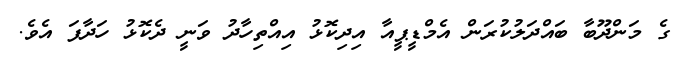
ގެ މަންދޫބާ ބައްދަލުކުރަން އެމްޑީޕީއާ އިދިކޮޅު އިއްތިހާދު ވަނީ ދެކޮޅު ހަދާފަ އެވެ.